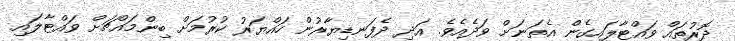
ދޮރުތައް ވައްޓާލައިގެން އެތަނަށް ވަދެއެވެ. އަދި ދެފަނޑިޔާރުން ހައްޔަރު ކުރުމަށް ބިންމައްޗަށް ވައްޓާލައި